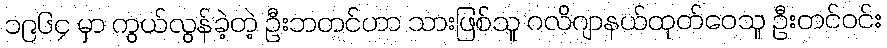
၁၉၆၄ မှာ ကွယ်လွန်ခဲ့တဲ့ ဦးဘတင်ဟာ သားဖြစ်သူ ဂလိဂျာနယ်ထုတ်ဝေသူ ဦးတင်ဝင်း